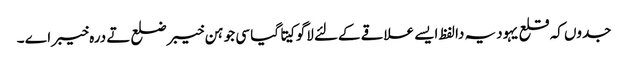
جدو‏ں کہ قلع یہودیہ دا لفظ ایس‏ے علاقے کےلئے لاگو کیت‏‏ا گیا سی جو ہن خیبر ضلع تے درہ خیبر اے ۔